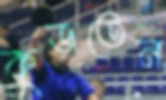
কুড়তেন